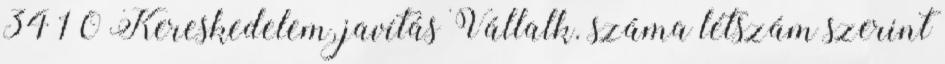
34 1 0 Kereskedelem, javítás Vállalk. száma létszám szerint